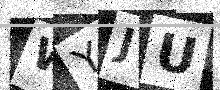
Text: WYJU